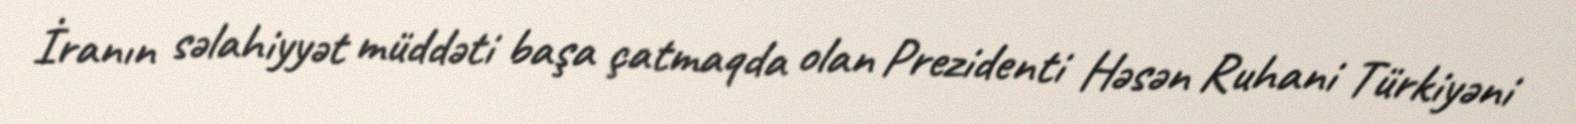
İranın səlahiyyət müddəti başa çatmaqda olan Prezidenti Həsən Ruhani Türkiyəni